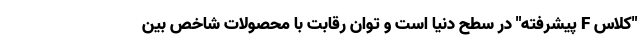
"کلاس F پیشرفته" در سطح دنیا است و توان رقابت با محصولات شاخص بین